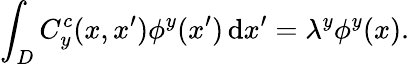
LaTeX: \int_{D}C_{y}^{c}(x,x^{\prime})\phi^{y}(x^{\prime})\, \mathrm{d}x^{\prime}=\lambda^{y}\phi^{y}(x).